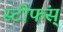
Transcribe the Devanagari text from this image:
स्टीफंस्